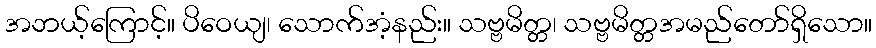
အဘယ့်ကြောင့်။ ပိဝေယျ၊ သောက်အံ့နည်း။ သဗ္ဗမိတ္တ၊ သဗ္ဗမိတ္တအမည်တော်ရှိသော။